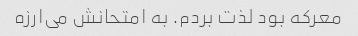
معرکه بود لذت بردم. به امتحانش می‌ارزه